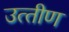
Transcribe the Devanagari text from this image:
उत्‍तीण